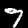
Digit: 7